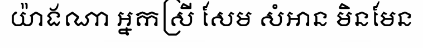
យ៉ាងណា អ្នកស្រី សែម សំអាន មិនមែន